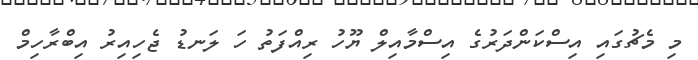
މި މެޗުގައި އިސްކަންދަރުގެ އިސްމާއިލް ޔޫހު ރިއްފަތު ހަ ލަނޑު ޖެހިއިރު އިބްރާހިމް